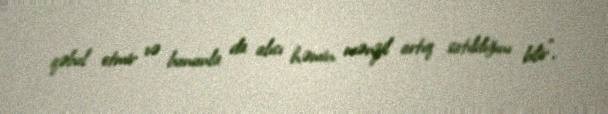
qəbul etmir və bununla da alıcı həmin mənzil artıq satıldığını bilir”.